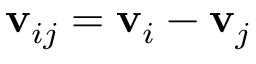
\mathbf { v } _ { i j } = \mathbf { v } _ { i } - \mathbf { v } _ { j }